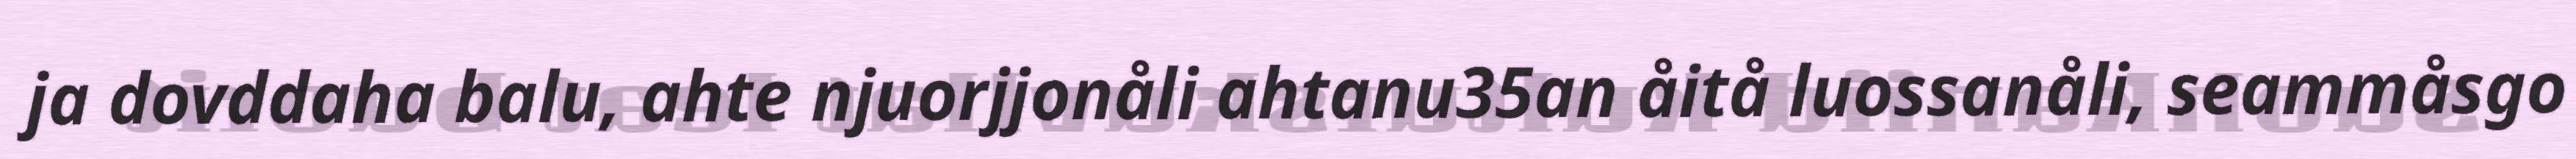
ja dovddaha balu, ahte njuorjjonåli ahtanu35an åitå luossanåli, seammåsgo